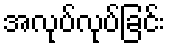
အလုပ်လုပ်ခြင်း